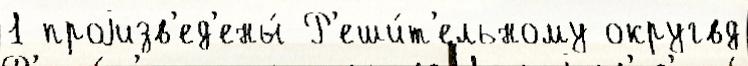
1 проjизв'ед'ены́ Р'еши́т'ельному округвд